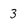
Character: 3